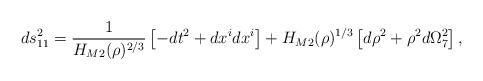
LaTeX: \begin{align*}ds_{11}^{2}=\frac{1}{H_{M2}(\rho)^{2/3}}\left[ -dt^{2}+dx^{i}dx^{i}\right]+H_{M2}(\rho)^{1/3}\left[ d\rho^{2}+\rho^{2}d\Omega_{7}^{2}\right] ,\end{align*}